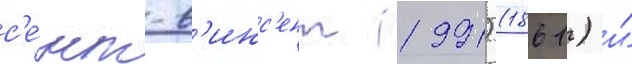
с'е́нт-в'инс'ент (1991) (1861) и́